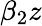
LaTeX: \beta_{2}z